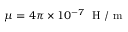
\mu = 4 \pi \times 1 0 ^ { - 7 } ~ \mathrm { ~ H ~ } / \mathrm { ~ m ~ }